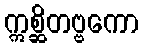
ဣစ္ဆိတဗ္ဗကော